Indian Civil Veterinary Department memoirs
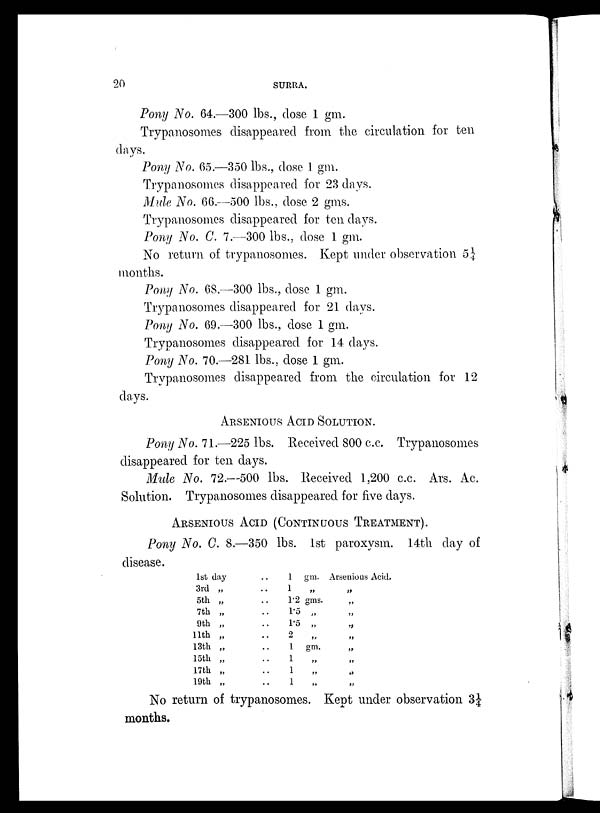
20
SURRA.
Pony No. 64.—300 lbs., dose 1 gm.
Trypanosomes disappeared from the circulation for ten
days.
Pony No. 65.—350 lbs., dose 1 gm.
Trypanosomes disappeared for 23 days.
Mule No. 66.—500 lbs., dose 2 gms.
Trypanosomes disappeared for ten days.
Pony No. C. 7.—300 lbs., dose 1 gm.
No return of trypanosomes. Kept under observation 5¼
months.
Pony No. 68.—300 lbs., dose 1 gm.
Trypanosomes disappeared for 21 days.
Pony No. 69.—300 lbs., dose 1 gm.
Trypanosomes disappeared for 14 days.
Pony No. 70.—281 lbs., dose 1 gm.
Trypanosomes disappeared from the circulation for 12
days.
ARSENIOUS ACID SOLUTION.
Pony No. 71.—225 lbs. Received 800 c.c. Trypanosomes
disappeared for ten days.
Mule No. 72.—500 lbs. Received 1,200 c.c. Ars. Ac.
Solution. Trypanosomes disappeared for five days.
ARSENIOUS ACID (CONTINUOUS TREATMENT).
Pony No. C. 8.—350 lbs. 1st paroxysm. 14th day of
disease.
1st day
3rd „
5th „
7th „
9th „
11th „
13th „
15th „
17th „
19th „
. .
. .
. .
. .
. .
. .
. .
. .
. .
. .
1 gm.
1 „
1.2 gms.
1.5 „
1.5 „
2
„
1 gm.
1
„
1 „
1 „
Arsenious Acid.
„
„
„
„
„
„
„
„
„
No return of trypanosomes. Kept under observation 3¼
months.